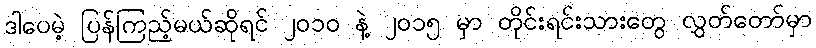
ဒါပေမဲ့ ပြန်ကြည့်မယ်ဆိုရင် ၂၀၁၀ နဲ့ ၂၀၁၅ မှာ တိုင်းရင်းသားတွေ လွှတ်တော်မှာ